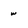
Character: w